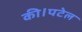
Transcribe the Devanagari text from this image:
की।पटेल